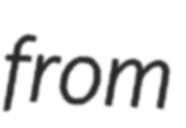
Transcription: from